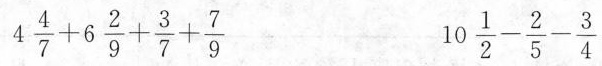
4\frac{4}{7}+6\frac{2}{9}+frac{3}{7}+\frac{7}{9} 19\frac{1}{2}-\frac{2}{5}-\frac{3}{4}